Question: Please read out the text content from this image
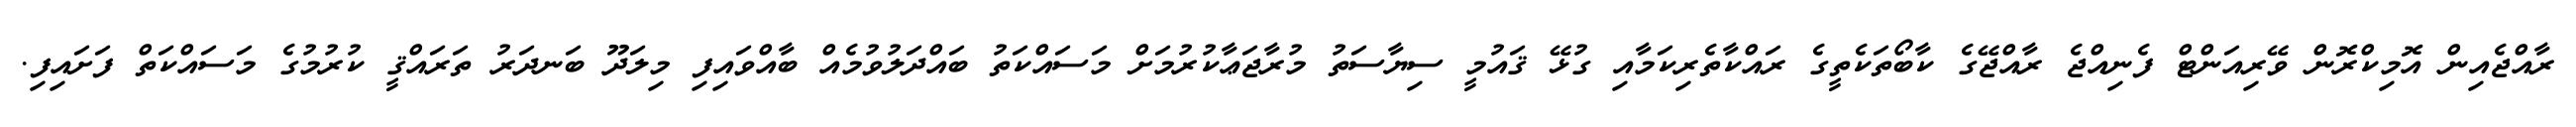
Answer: ރާއްޖެއިން އޮމިކްރޮން ވޭރިއަންޓް ފެނިއްޖެ ރާއްޖޭގެ ކާބޯތަކެތީގެ ރައްކާތެރިކަމާއި ގުޅޭ ޤައުމީ ސިޔާސަތު މުރާޖަޢާކުރުމަށް މަސައްކަތު ބައްދަލުވުމެއް ބާއްވައިފި މިލަދޫ ބަނދަރު ތަރައްޤީ ކުރުމުގެ މަސައްކަތް ފަށައިފި.